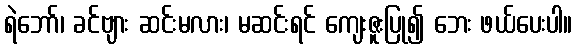
ရဲဘော်၊ ခင်ဗျား ဆင်းမလား၊ မဆင်းရင် ကျေးဇူးပြု၍ ဘေး ဖယ်ပေးပါ။